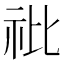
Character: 䃾